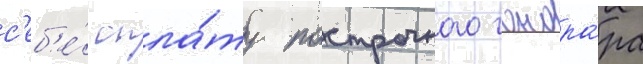
с'еб'е́ опла́ту построчного гонора́ра